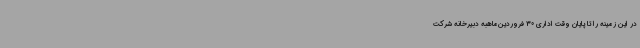
در این زمینه را تا پایان وقت اداری 30 فروردین‌ماهبه دبیرخانه شرکت